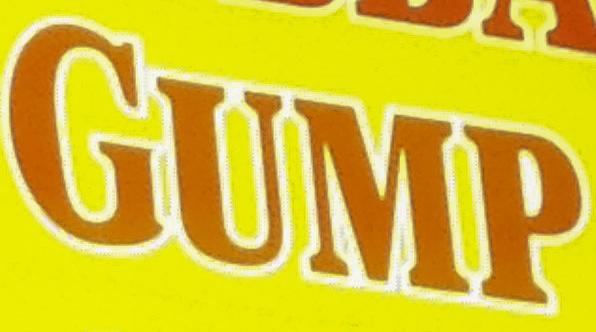
GUMP